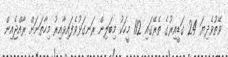
ވޭތުވެދިޔަ 24 ގަޑީއިރުގެ ތެރޭގައި 112 މީހަކު މިބަލިން ރަނގަޅުވެފައިވާއިރު މިހާތަނަށް ރާއްޖެއިން